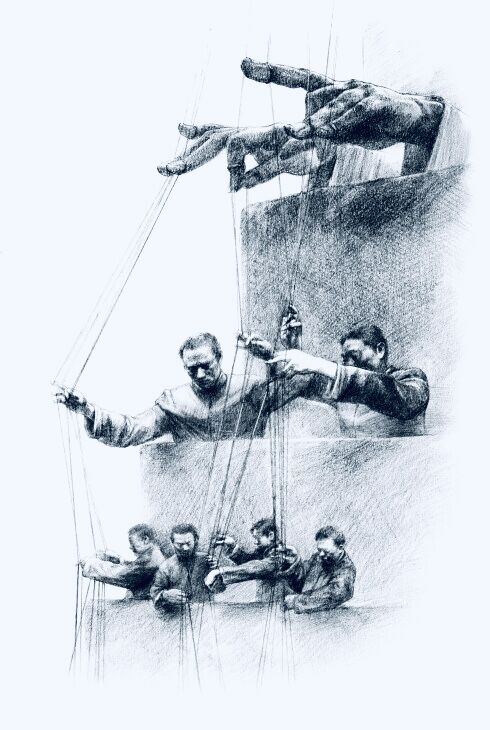
天之生物必因其材而笃焉。故栽者培之，倾者覆之。